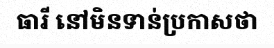
ធារី នៅមិនទាន់ប្រកាសថា